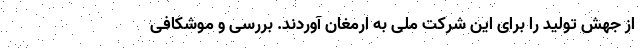
از جهش تولید را برای این شرکت ملی به ارمغان آوردند. بررسی و موشکافی